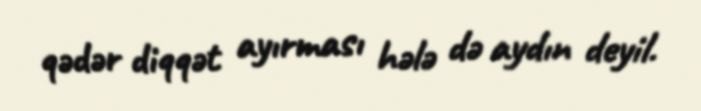
qədər diqqət ayırması hələ də aydın deyil.